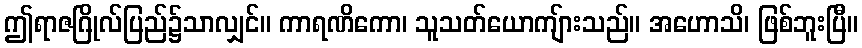
ဤရာဇဂြိုလ်ပြည်၌သာလျှင်။ ကာရဏိကော၊ သူသတ်ယောကျ်ားသည်။ အဟောသိ၊ ဖြစ်ဘူးပြီ။